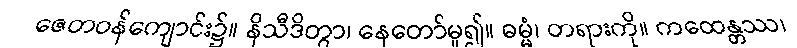
ဇေတဝန်ကျောင်း၌။ နိသီဒိတွာ၊ နေတော်မူ၍။ ဓမ္မံ၊ တရားကို။ ကထေန္တဿ၊